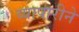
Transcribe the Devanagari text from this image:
व्यापारीने